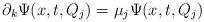
LaTeX: \begin{align*}\partial_k \Psi (x,t,Q_j) = \mu_j \Psi (x,t,Q_j) \end{align*}